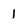
Character: 1